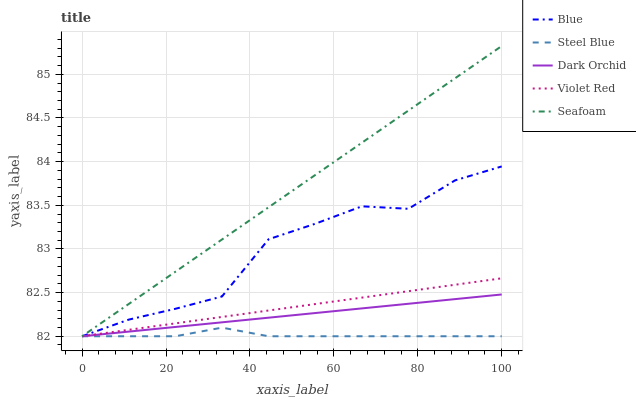
| xaxis_label | Blue | Steel Blue | Dark Orchid | Violet Red | Seafoam |
 | --- | --- | --- | --- | --- | --- |
 | 0 | 82 | 82 | 82 | 82 | 82 |
 | 11.1 | 82.2 | 82 | 82.1 | 82.1 | 82.4 |
 | 22.2 | 82.3 | 82 | 82.1 | 82.1 | 82.7 |
 | 33.3 | 82.5 | 82.1 | 82.2 | 82.2 | 83.1 |
 | 44.4 | 83.1 | 82 | 82.2 | 82.3 | 83.5 |
 | 55.6 | 83.3 | 82 | 82.3 | 82.4 | 83.8 |
 | 66.7 | 83.5 | 82 | 82.3 | 82.4 | 84.2 |
 | 77.8 | 83.5 | 82 | 82.4 | 82.5 | 84.6 |
 | 88.9 | 83.8 | 82 | 82.4 | 82.6 | 85 |
 | 100 | 83.9 | 82 | 82.5 | 82.7 | 85.3 |